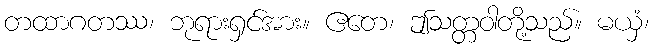
တထာဂတဿ၊ ဘုရားရှင်အား။ ဧတေ၊ ဤသတ္တဝါတို့သည်။ မယှံ၊